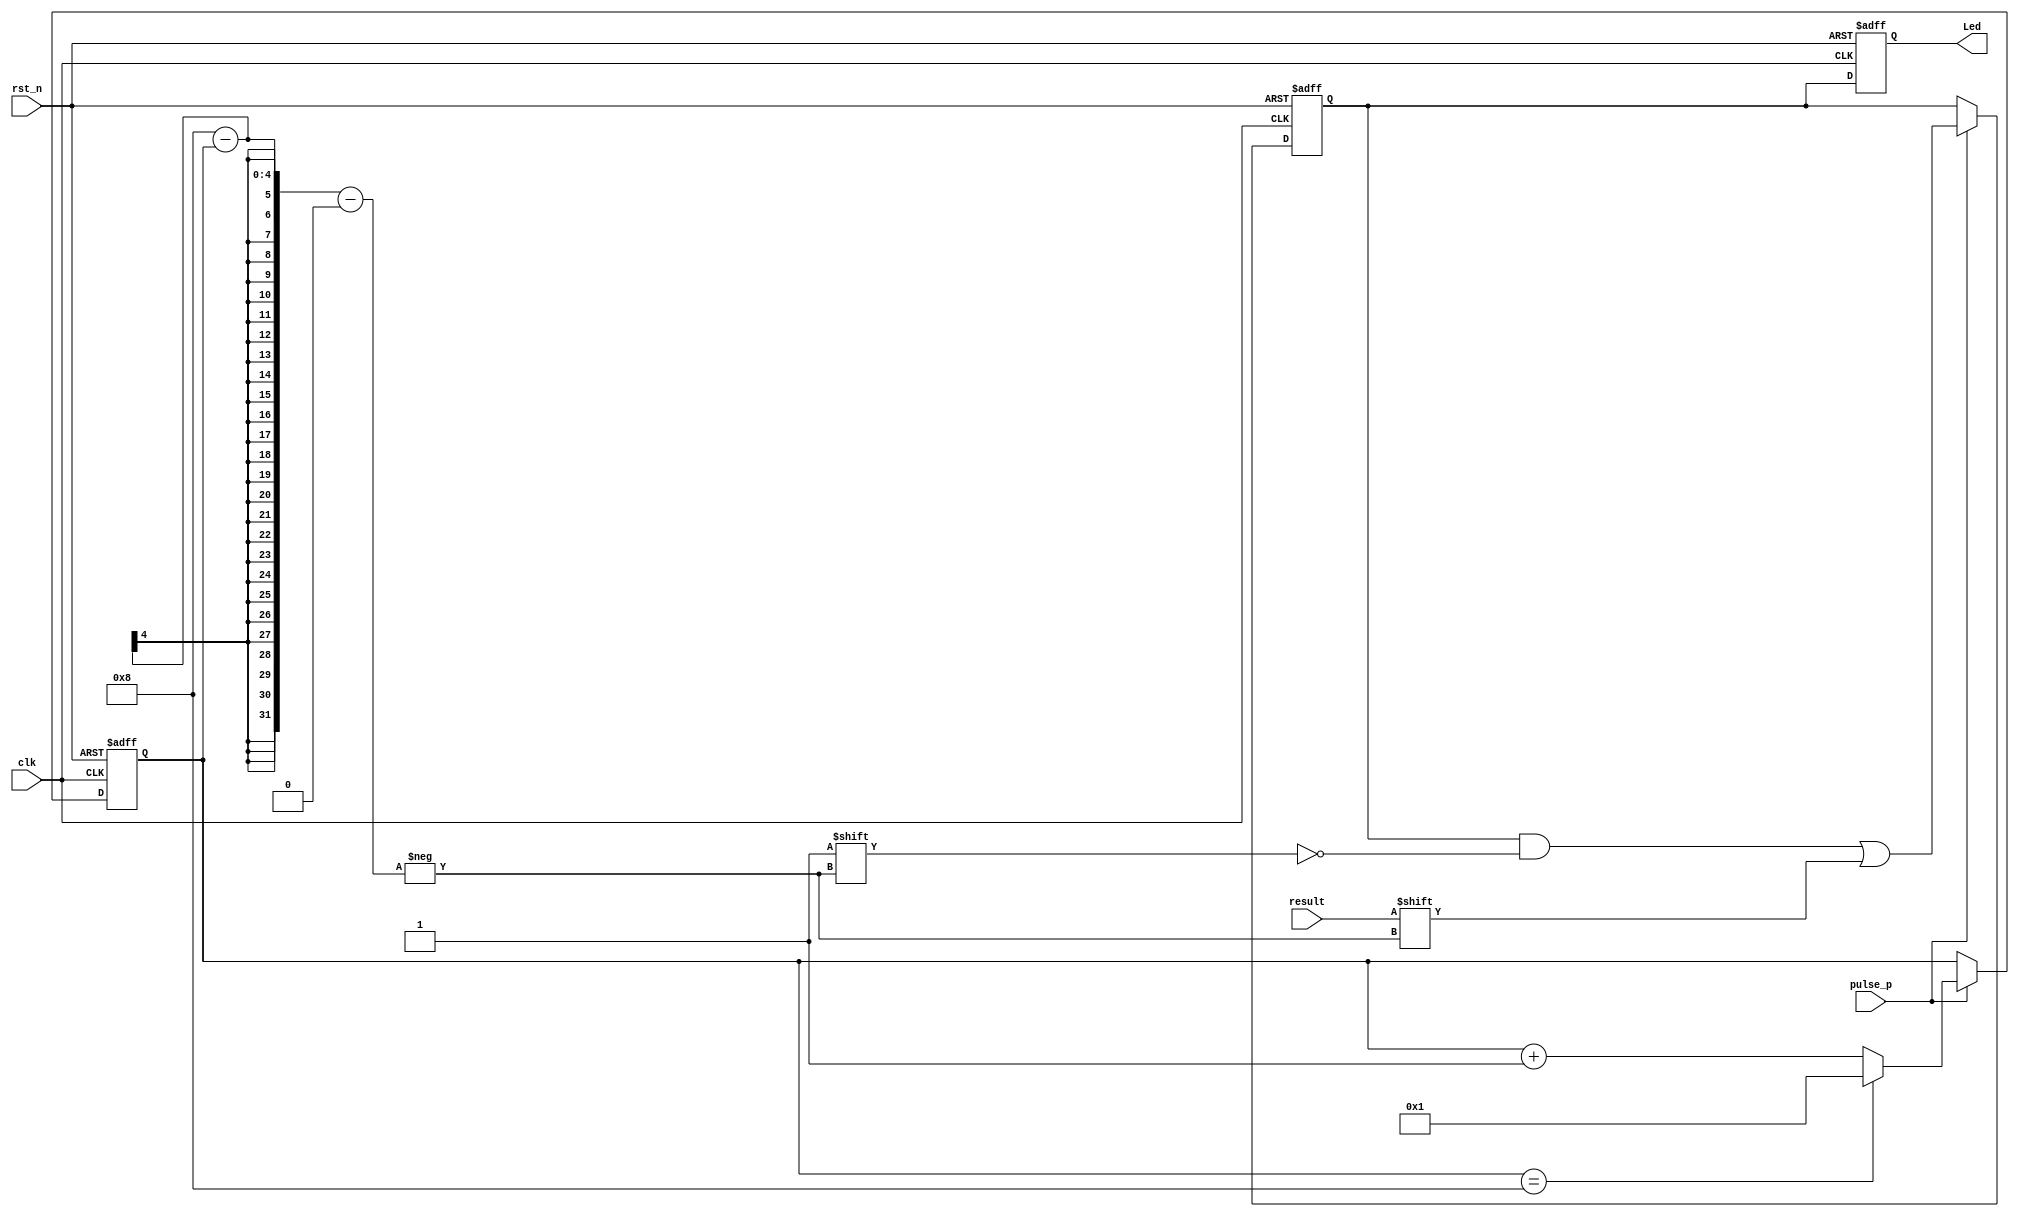
`timescale 1ns / 1ps
//////////////////////////////////////////////////////////////////////////////////
// Company: 
// Engineer: 
// 
// Design Name: 
// Module Name:    Show_LED 
// Project Name: 
// Target Devices: 
// Tool versions: 
// Description: 
//
// Dependencies: 
//
// Revision: 
// Revision 0.01 - File Created
// Additional Comments: 
//
//////////////////////////////////////////////////////////////////////////////////
module Show_LED(
input						clk,
input						rst_n,
input						result,
input						pulse_p,
output	reg	[7:0] Led
    );

reg	[3:0]		cnt = 4'h1;
reg	[7:0]		eight_bit = 8'h0;

always@(posedge clk or negedge rst_n)
	begin
		if(~rst_n)
			cnt <= 4'h1;
		else if(pulse_p)
			begin
				if(cnt == 4'h8)
					cnt <= 4'h1;
				else
					cnt <= cnt + 1'h1;
			end
		else
			cnt <= cnt;
	end
	
always@(posedge clk or negedge rst_n)
	begin
		if(~rst_n)
			eight_bit <= 8'h0;
		else if(pulse_p)
			eight_bit[8 - cnt] <= result;
		else
			eight_bit <= eight_bit;
	end

always@(posedge clk or negedge rst_n)
	begin
		if(~rst_n)
			Led <= 8'h0;
		else
			Led <= eight_bit;
	end

endmodule